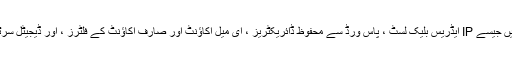
وہ سیکیورٹی کی دیگر خصوصیات پیش کرتے ہیں جیسے IP ایڈریس بلیک لسٹ ، پاس ورڈ سے محفوظ ڈائریکٹریز ، ای میل اکاؤنٹ اور صارف اکاؤنٹ کے فلٹرز ، اور ڈیجیٹل سرٹیفکیٹ اور نجی کلیدوں کا نظم و نسق تک رسائی۔